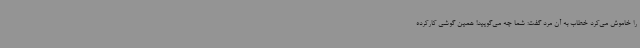
را خاموش می‌کرد خطاب به آن مرد گفت: شما چه می‌گویید! همین گوشی کارکرده